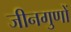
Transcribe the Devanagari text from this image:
जीनगुणों